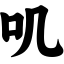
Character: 叽